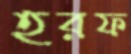
হরফ